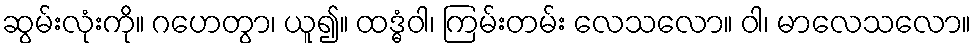
ဆွမ်းလုံးကို။ ဂဟေတွာ၊ ယူ၍။ ထဒ္ဓံဝါ၊ ကြမ်းတမ်း လေသလော။ ဝါ၊ မာလေသလော။